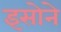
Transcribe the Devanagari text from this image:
इसोने